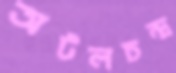
অটলচন্দ্র